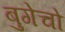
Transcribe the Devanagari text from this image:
बुगेचो